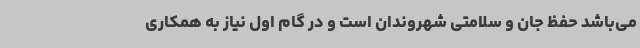
می‌باشد حفظ جان و سلامتی شهروندان است و در گام اول نیاز به همکاری